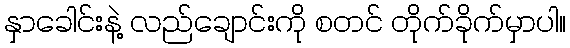
နှာခေါင်းနဲ့ လည်ချောင်းကို စတင် တိုက်ခိုက်မှာပါ။